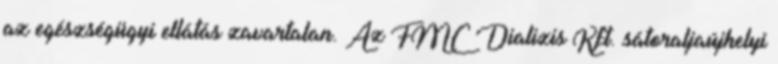
az egészségügyi ellátás zavartalan. Az FMC Dializis Kft. sátoraljaújhelyi